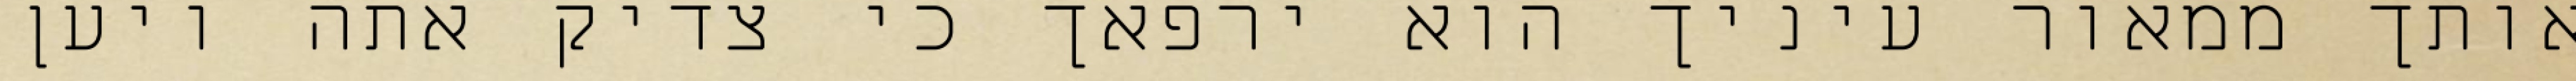
אותך ממאור עיניך הוא ירפאך כי צדיק אתה ויען